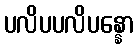
ပလိပပလိပန္နော